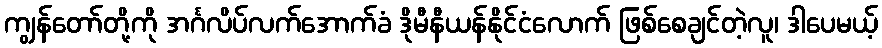
ကျွန်တော်တို့ကို အင်္ဂလိပ်လက်အောက်ခံ ဒိုမီနီယန်နိုင်ငံလောက် ဖြစ်စေချင်တဲ့လူ၊ ဒါပေမယ့်